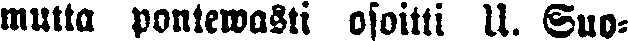
multa pontewasti osoitti U. Suo-